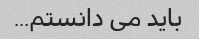
باید می دانستم...